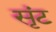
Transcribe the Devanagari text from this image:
सृंट